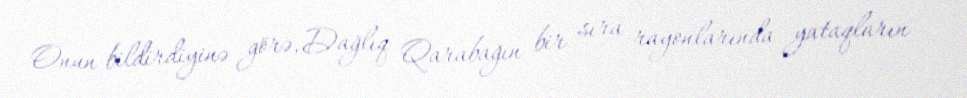
Onun bildirdiyinə görə, Dağlıq Qarabağın bir sıra rayonlarında yataqların